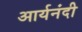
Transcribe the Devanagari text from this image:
आर्यनंदी